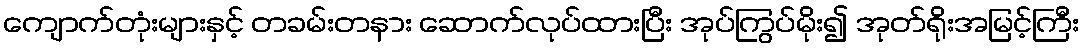
ကျောက်တုံးများနှင့် တခမ်းတနား ဆောက်လုပ်ထားပြီး အုပ်ကြွပ်မိုး၍ အုတ်ရိုးအမြင့်ကြီး